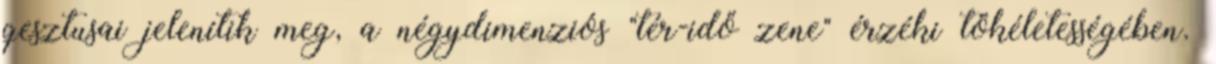
gesztusai jelenítik meg, a négydimenziós "tér-idő zene" érzéki tökéletességében.